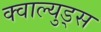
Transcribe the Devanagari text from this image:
क्वाल्युड्स